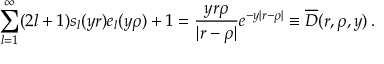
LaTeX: \sum _ { l = 1 } ^ { \infty } ( 2 l + 1 ) s _ { l } ( y r ) e _ { l } ( y \rho ) + 1 = \frac { y r \rho } { | r - \rho | } e ^ { - y | r - \rho | } \equiv \overline { { { \cal D } } } ( r , \rho , y ) \, { . }